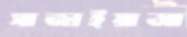
সাজাইয়াআ